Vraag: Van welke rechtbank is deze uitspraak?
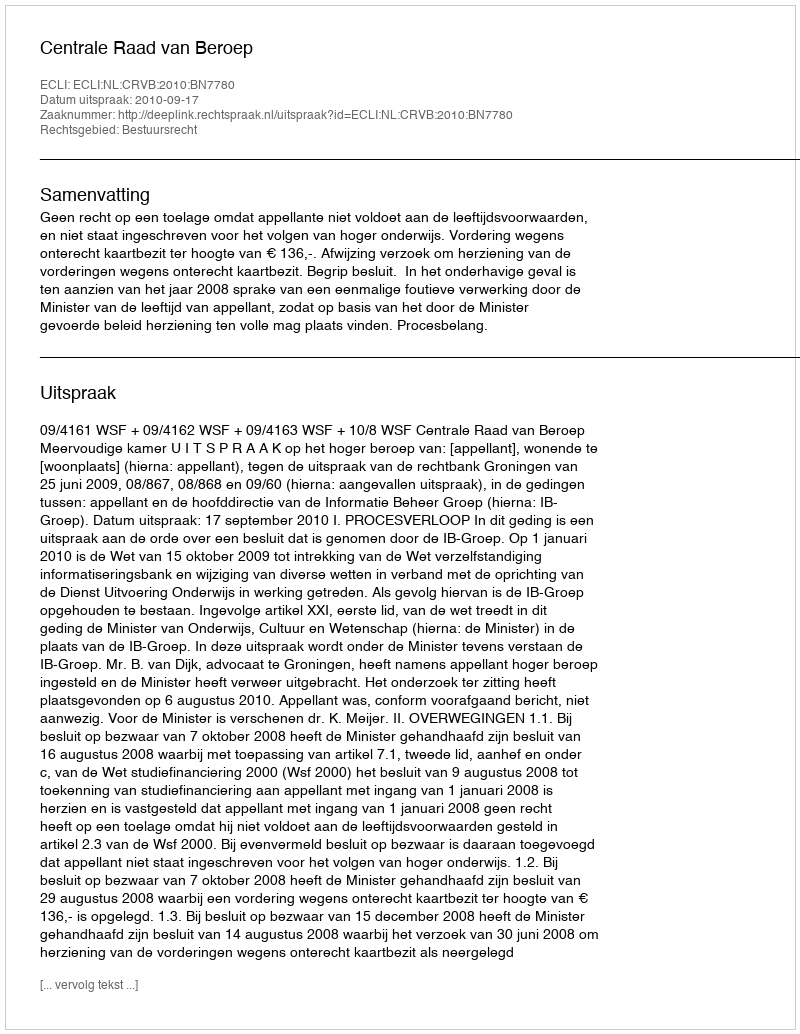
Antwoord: Centrale Raad van Beroep